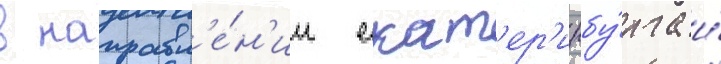
в направл'е́н'ии екат'ер'инбу́рга и́